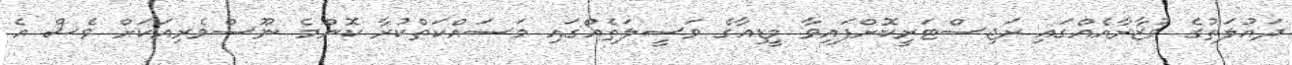
ދައުލަތުގެ ވުޒާރާއެއްގައި ރަޖިސްޓަރީކޮށްފައިވާ މީޑިއާގެ ވަސީލަތެއްގައި މަސައްކަތްކުރާ ކޮންމެ ނޫސްވެރިއަކަށް ވެސް އެ